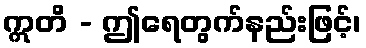
ဣတိ - ဤရေတွက်နည်းဖြင့်၊